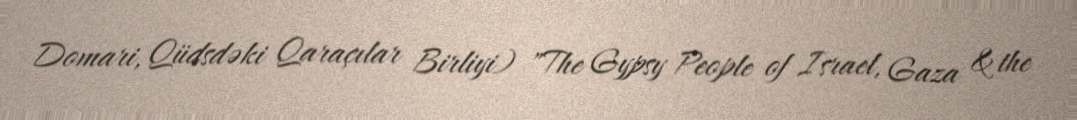
Domari, Qüdsdəki Qaraçılar Birliyi) "The Gypsy People of Israel, Gaza & the